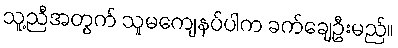
သူ့ညီအတွက် သူမကျေနပ်ပါက ခက်ချေဦးမည်။